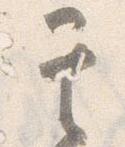
其